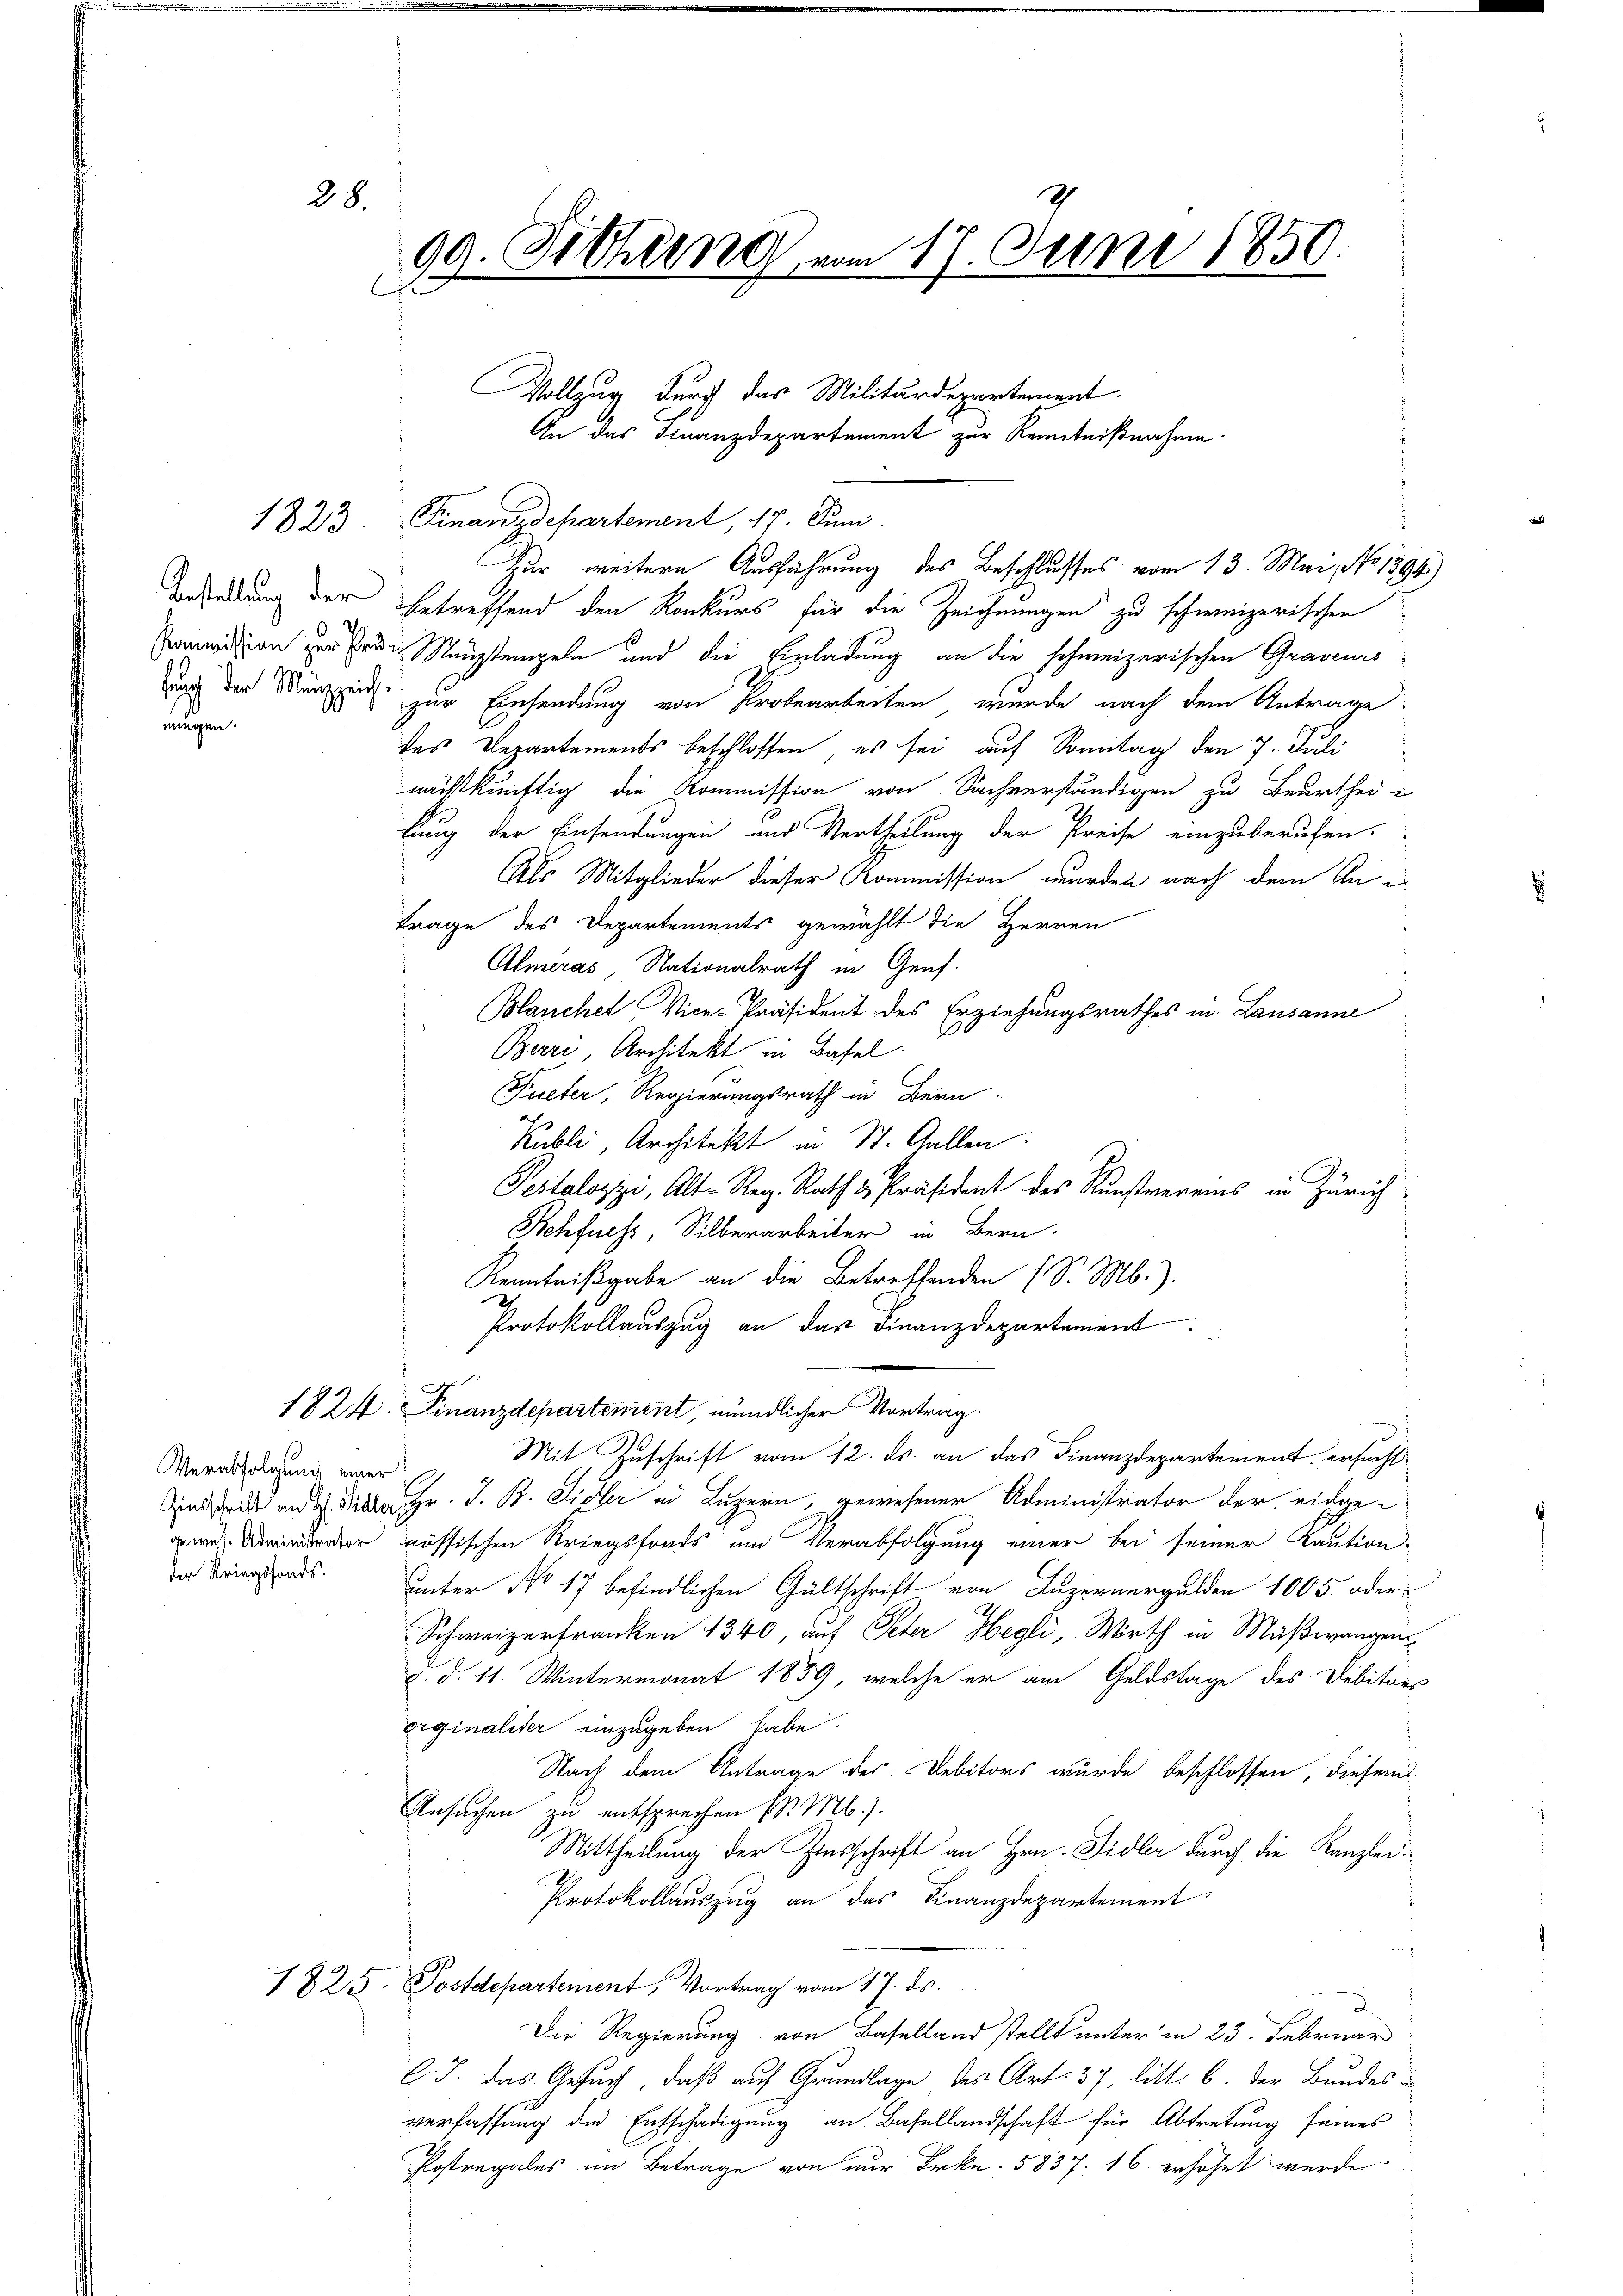
28.

1823

nungen.

Verabfolgung einer
der Kriegsfonds.

99. Sichern vom 17. Juni 1850.
C

Finanzdepartement, 17. Juni
Beredung der Betreffend den Konkurs für die Zeichnungen zu schweizerischen
Position zur Erde Mausstempeln und die Einladung an die schweizerischen Graveurs
uch der Münzend zur Einsendung von Probearbeiten, wurde nach dem Antrage:
des Departements beschlossen, es sei auf Sonntag den 7. Juli
¬
nächstkünftig die Kommission von Sachverständigen zu Beurthei u
lung der Einsendungen und Vertheilung der Preise einzuberufen.
Als Mitglieder dieser Kommission wurden nach dem Ani
Frage des Departements gewählt die Herren
Almeras Nationalrath in Genf.
Blancher Vice-Präsident des Erziehungsrathes in Lausanne
Berri, Architekt in Basel.
Fueter, Regierungsrath in Bern
Kubli, Architekt in St. Gallen.
Pestalozzi, Alt-Reg. Rath & Präsident des Kunstvereins in Zürich
Sehfuchs, Silberarbeiter in Bern.
Kenntnißgabe an die Betreffenden (S. Mb.).
Protokollauszug an das Finanzdepartement.
1824. Finanzdepartement, mündlicher Vortrag.
Mit Zuschrift vom 12. ds. an das Finanzdepartement ersucht
ndi an die Hr. J. B. Sidler in Luzern, gewesener Administrator der eidge¬
 nössischen Kriegsfonds und Verabfolgung einer bei seiner Kaution
unter No 17 befindlichen Gültschrift von Luzernergulden 1005 oder
Schweizerfranken 1340, auf Peter Hegli, Wirth in Mußwangen
d. d. 11. Wintermonat 1859, welche er am Geldstage des Debitors
orginaliter einzugeben habe.
Nach dem Antrage des Debitors wurde beschlossen, diesem
Ansuchen zu entsprechen d. M.).
Mittheilung der Zinsschrift an Hrn. Sidler durch die Kanzlei¬
.
Protokollauszug an das Finanzdepartement
1825. Postdepartement, Vortrag vom 17. ds.
Die Regierung von Baselland stellt unter in 23. Februar
C. J. das Gesuch, daß auf Grundlage des Art. 37, litt. b. der Bundes u.
verfassung der Entschädigung an Basellandschaft für Abtretung seines
Postregales im Betrage von nur Frkn. 5837. 16. erhöhet werde.

Vollzug durch das Militärdepartement.
An das Finanzdepartement zur Kenntnißnahme.

Zur weitere Ausführung des Beschlusses vom 13. Mai, No 1394)